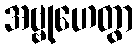
အဗ္ဗုဟေတွာ